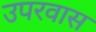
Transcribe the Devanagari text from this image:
उपरवास